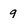
Character: 9